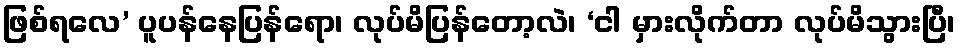
ဖြစ်ရလေ’ ပူပန်နေပြန်ရော၊ လုပ်မိပြန်တော့လဲ၊ ‘ငါ မှားလိုက်တာ လုပ်မိသွားပြီ၊